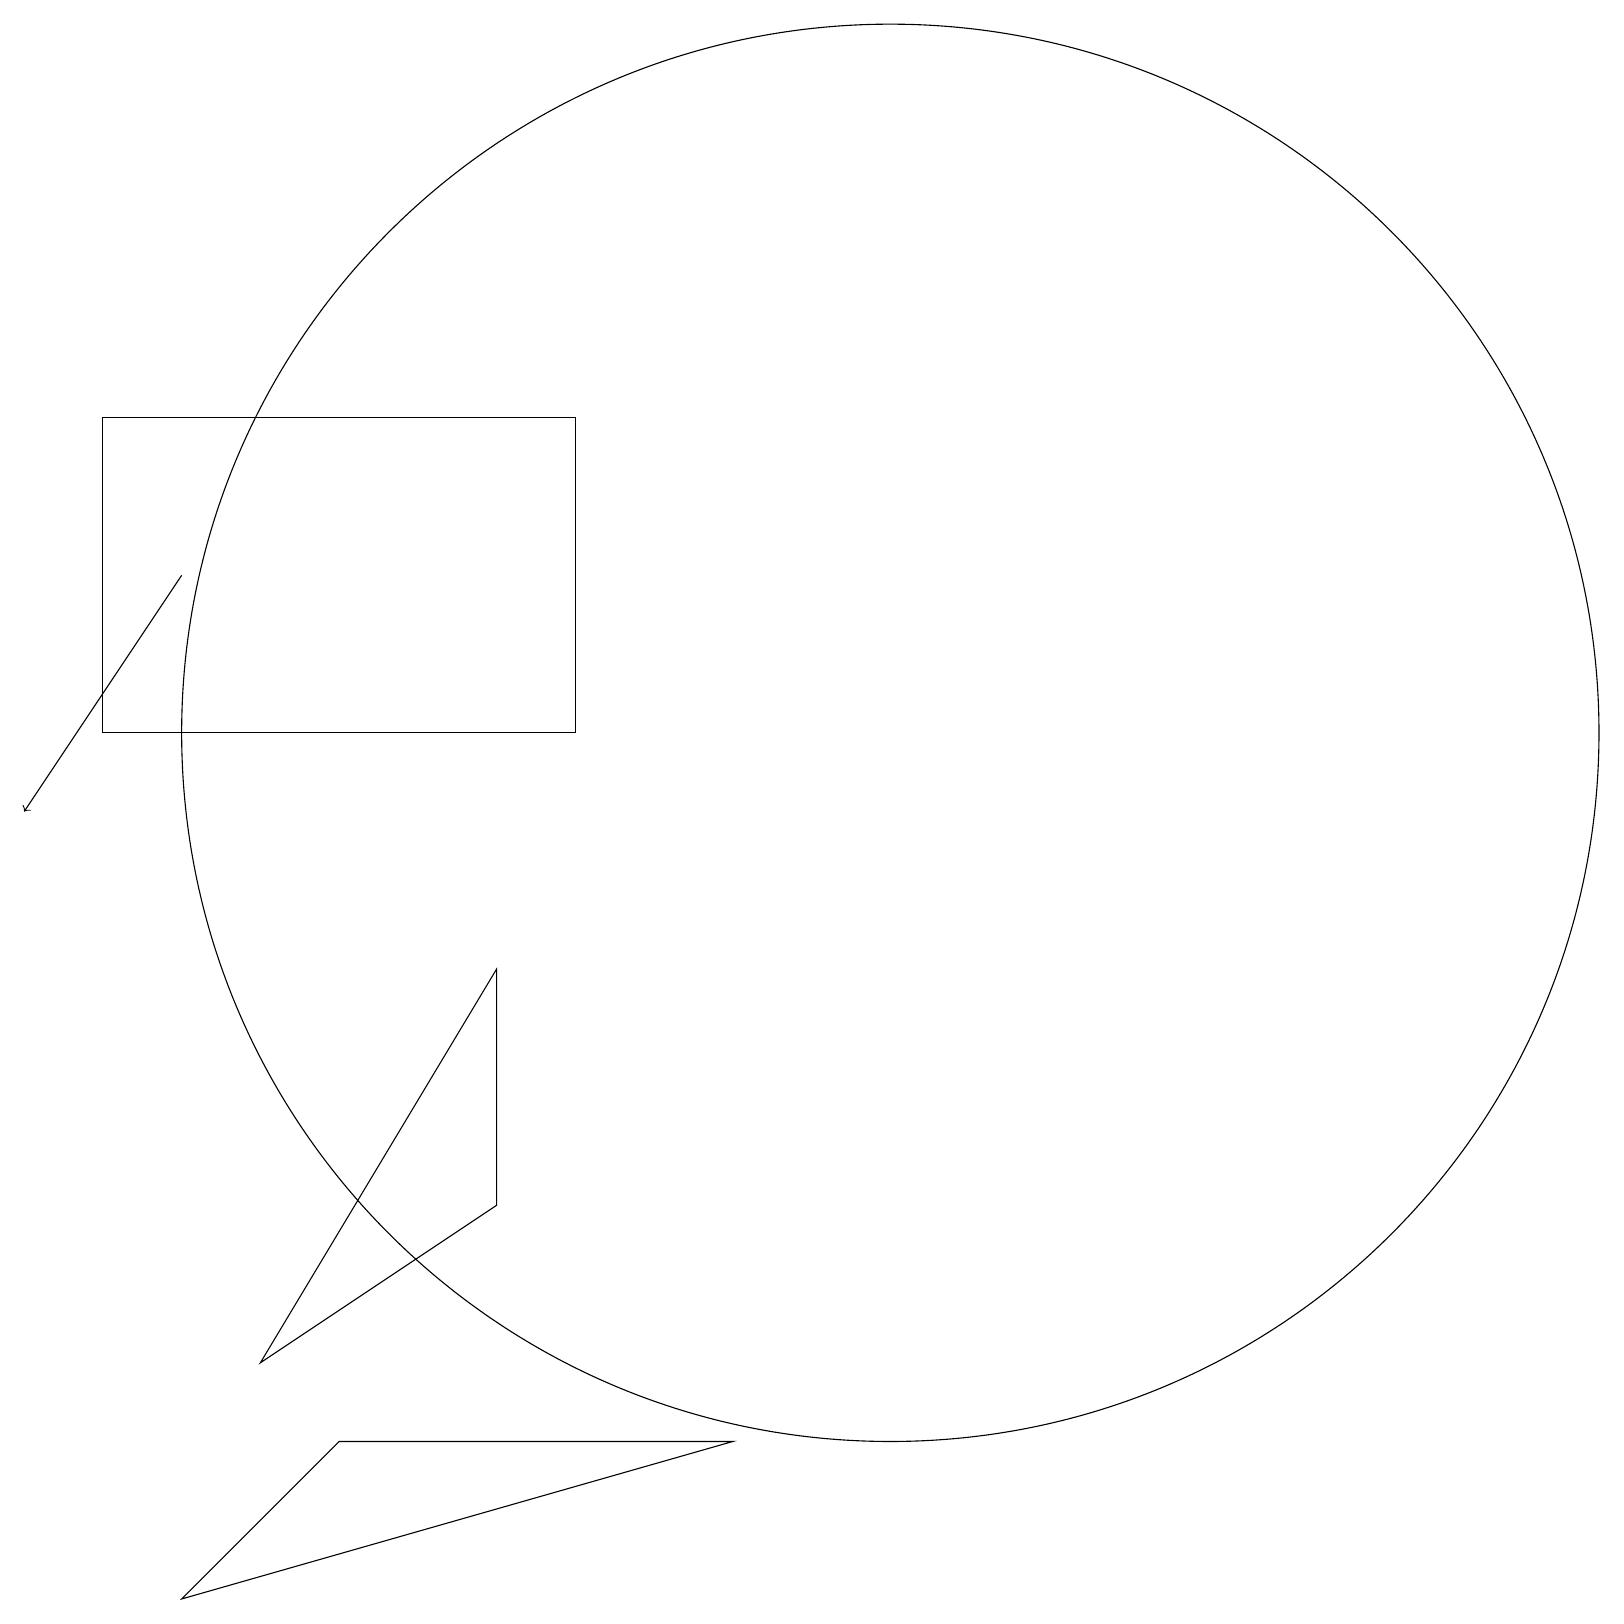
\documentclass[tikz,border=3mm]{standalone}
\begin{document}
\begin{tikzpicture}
\draw[->] (2,14) -- (0,11);
\draw (6,9) -- (3,4) -- (6,6) -- cycle;
\draw (1,16) rectangle (7,12);
\draw (11,12) circle (9);
\draw (4,3) -- (9,3) -- (2,1) -- cycle;
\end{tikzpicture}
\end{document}